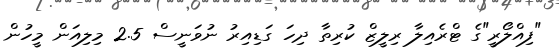
"ފިއްލޯރީ"ގެ ޓްރެއިލާ ރިލީޒް ކުރިތާ ދިހަ ގަޑިއިރު ނުވަނީސް 2.5 މިލިއަން މީހުން